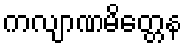
ကလျာဏမိတ္တေန